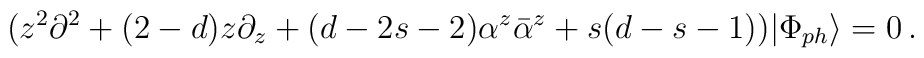
(z^2\partial^2+(2-d)z\partial_z+(d-2s-2)\alpha^z\bar{\alpha}^z+s(d-s-1))|\Phi_{ph}\rangle=0\,.